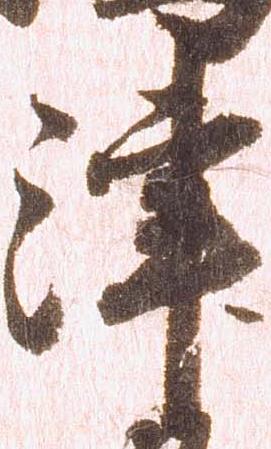
津